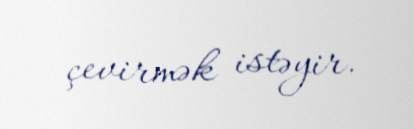
çevirmək istəyir.